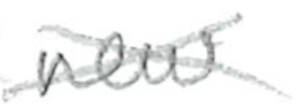
Text: new
Cross-out: cross
Writing tool: pencil